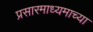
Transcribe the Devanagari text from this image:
प्रसारमाध्‍यमाच्‍या